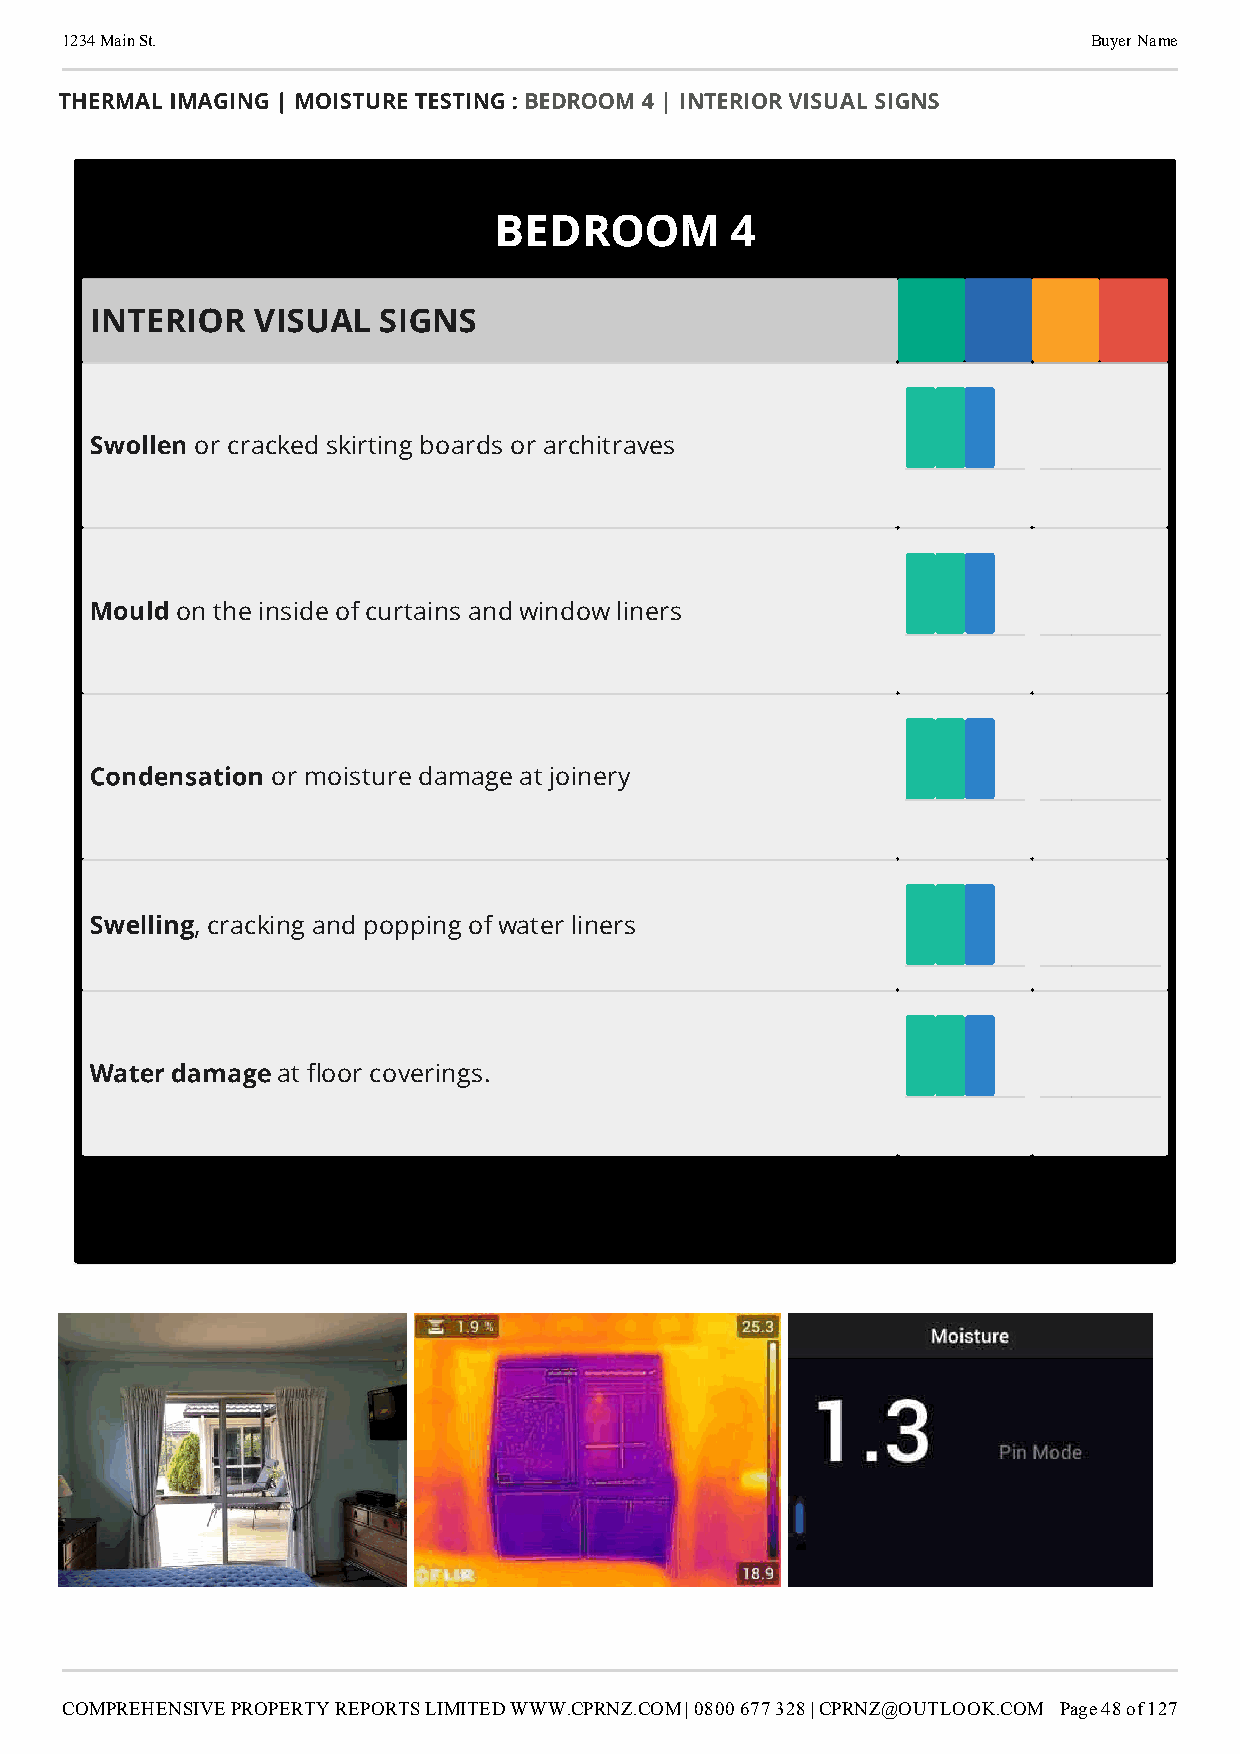
1234 Main St.                                                       Buyer Name
 THERMAL IMAGING | MOISTURE TESTING : BEDROOM 4 | INTERIOR VISUAL SIGNS
 BEDROOM        4
 INTERIOR   VISUAL  SIGNS
 Swollen
 or cracked skirting boards or architraves
 Mould
 on the inside of curtains and window liners
 Condensation
 or moisture damage at joinery
 Swelling
 , cracking and popping of water liners
 Water damage
 at oor coverings.
 COMPREHENSIVE PROPERTY REPORTS LIMITED WWW.CPRNZ.COM | 0800 677 328 | CPRNZ@OUTLOOK.COM Page 48 of 127